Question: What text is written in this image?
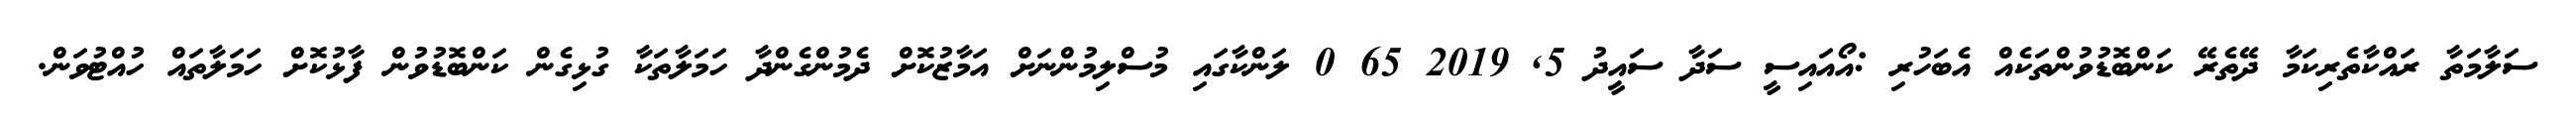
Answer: ސަލާމަތާ ރައްކާތެރިކަމާ ދޭތެރޭ ކަންބޮޑުވުންތަކެއް އެބަހުރި :އޯއައިސީ ސަދާ ސައީދު 5, 2019 65 0 ލަންކާގައި މުސްލިމުންނަށް އަމާޒުކޮށް ދެމުންގެންދާ ހަމަލާތަކާ ގުޅިގެން ކަންބޮޑުވުން ފާޅުކޮށް ހަމަލާތައް ހުއްޓުވަން.